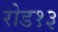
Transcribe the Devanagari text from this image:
रोड१३